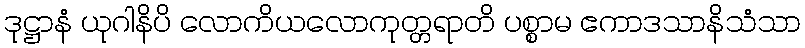
ဒုဋ္ဌာနံ ယုဂါနိပိ လောကိယလောကုတ္တရာတိ ပစ္စာမ ဧကာဒသာနိသံသာ